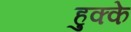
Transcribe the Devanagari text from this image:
हुक्‍के